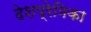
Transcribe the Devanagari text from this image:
देशप्रेमिका